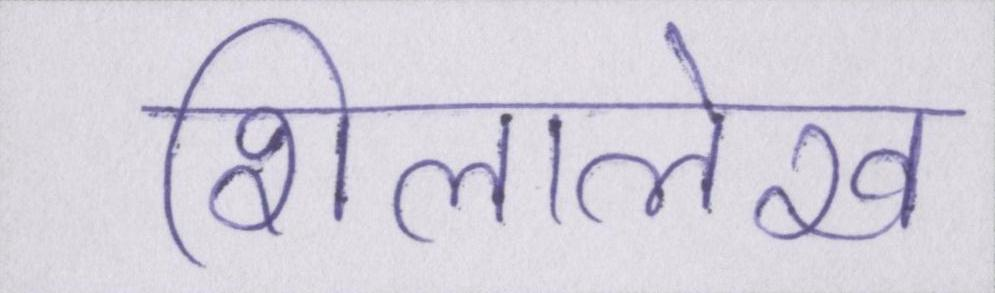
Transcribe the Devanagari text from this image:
शिलालेख